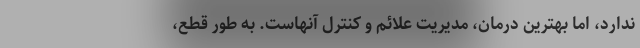
ندارد، اما بهترین درمان، مدیریت علائم و کنترل آنهاست. به طور قطع،